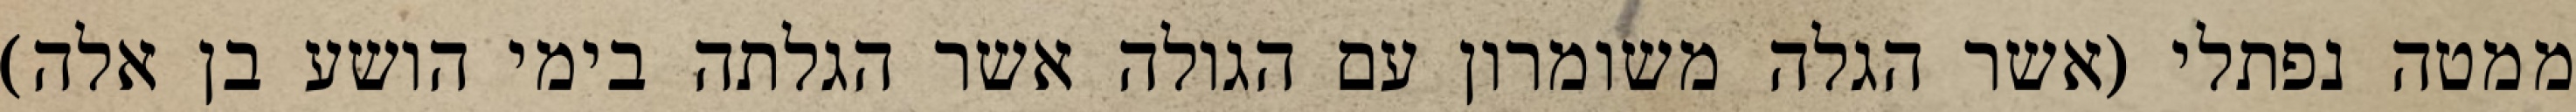
ממטה נפתלי (אשר הגלה משומרון עם הגולה אשר הגלתה בימי הושע בן אלה)